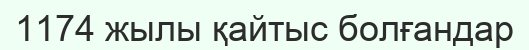
1174 жылы қайтыс болғандар